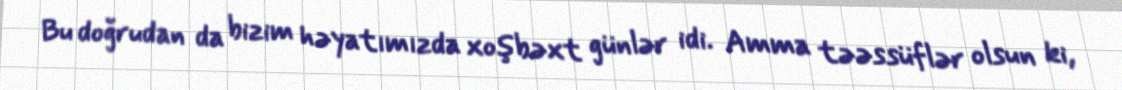
Bu doğrudan da bizim həyatımızda xoşbəxt günlər idi. Amma təəssüflər olsun ki,